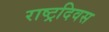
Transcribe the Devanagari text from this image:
राष्ट्रदिवस